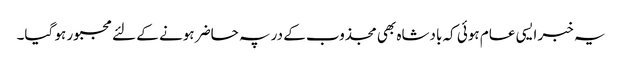
یہ خبر ایسی عام ہوئی کہ بادشاہ بھی مجذوب کے در پہ حاضر ہونے کے لئے مجبور ہو گیا۔